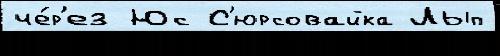
че́р'ез Юс С'юрсовайка Лып